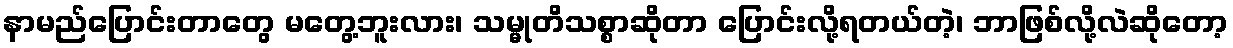
နာမည်ပြောင်းတာတွေ မတွေ့ဘူးလား၊ သမ္မုတိသစ္စာဆိုတာ ပြောင်းလို့ရတယ်တဲ့၊ ဘာဖြစ်လို့လဲဆိုတော့